画像に写った文字を読んでください
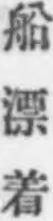
「船漂着」と書いてあります